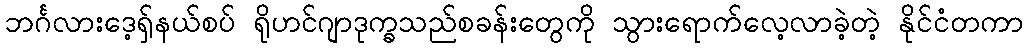
ဘင်္ဂလားဒေ့ရှ်နယ်စပ် ရိုဟင်ဂျာဒုက္ခသည်စခန်းတွေကို သွားရောက်လေ့လာခဲ့တဲ့ နိုင်ငံတကာ